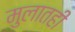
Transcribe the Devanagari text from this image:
मुलातही